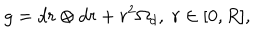
LaTeX: g = d r \otimes d r + r ^ { 2 } \Omega _ { d } , \; r \in [ 0 , R ] ,